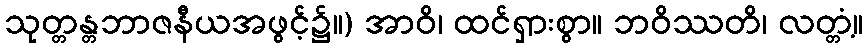
သုတ္တန္တဘာဇနီယအဖွင့်၌။) အာဝိ၊ ထင်ရှားစွာ။ ဘဝိဿတိ၊ လတ္တံ့။